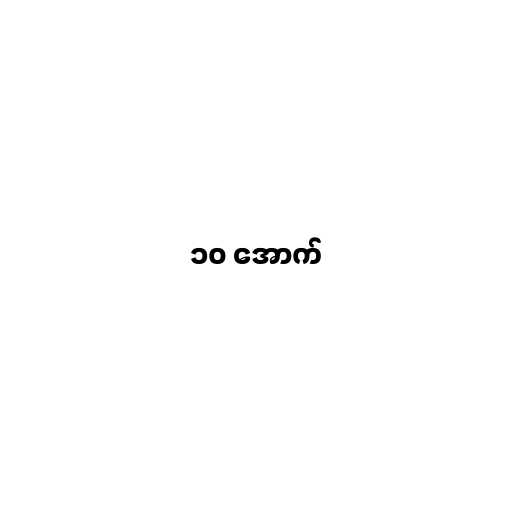
၁၀ အောက်